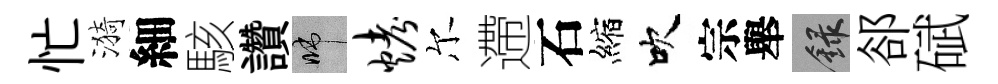
忙漪細駭讚啼烤尔遰石縮吹宗舉録郤碔